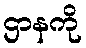
ဌာနကို